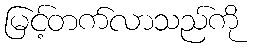
မြင့်တက်လာသည်ကို